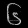
Digit: ၆